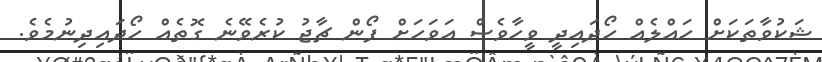
ޝަކުވާތަކަށް ހައްލެއް ހޯދައިދީ ވީހާވެސް އަވަހަށް ފޯން ޗާޖު ކުރެވޭނެ ގޮތެއް ހޯދައިދިނުމެވެ.